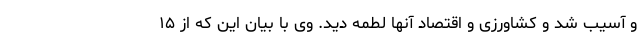
و آسیب شد و کشاورزی و اقتصاد آنها لطمه دید. وی با بیان این که از ۱۵